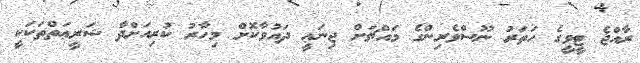
ރާއްޖެ ޓީވީގެ ހަތަރު ނޫސްވެރިންގެ މައްޗަށް ޖިނަޢީ ދައުވާކޮށް މިހާރު ކުރިއަށްދާ ޝަރީޢަތްތަކަކީ